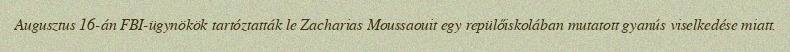
Augusztus 16-án FBI-ügynökök tartóztatták le Zacharias Moussaouit egy repülőiskolában mutatott gyanús viselkedése miatt.